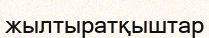
жылтыратқыштар